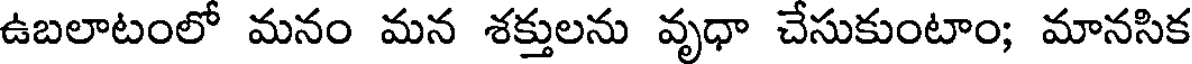
ఉబలాటంలో మనం మన శక్తులను వృధా చేసుకుంటాం; మానసిక